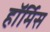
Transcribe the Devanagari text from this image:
हॉर्मिस